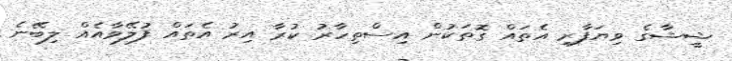
ޝީޝާގެ ވިޔަފާރި އެތައް ގޮތަކުން އިސްތިހާރު ކުރާ އިރު އެތައް ފުލޭވާއެއް ލިބޭނެ